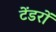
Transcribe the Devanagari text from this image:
टेंडरों